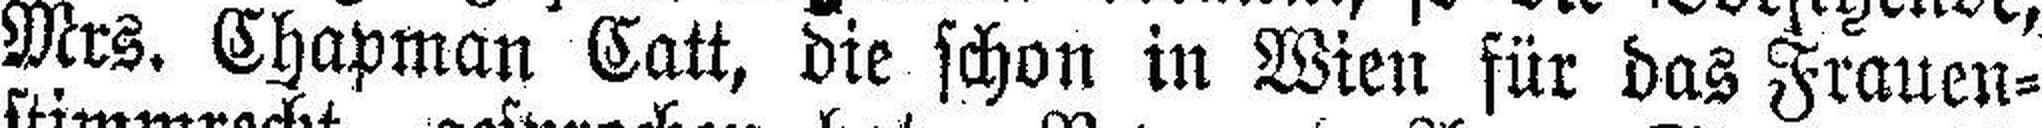
Mrs. Chapman Catt, die schon in Wien für das Frauen¬